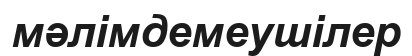
мәлімдемеушілер